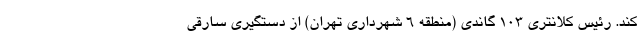
کند. رئیس کلانتری ۱۰۳ گاندی (منطقه ۶ شهرداری تهران) از دستگیری سارقی